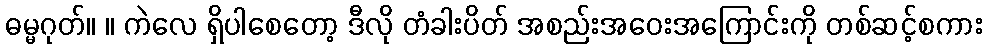
ဓမ္မဂုတ်။ ။ ကဲလေ ရှိပါစေတော့ ဒီလို တံခါးပိတ် အစည်းအဝေးအကြောင်းကို တစ်ဆင့်စကား